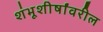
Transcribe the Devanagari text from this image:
शंभूशीर्षांवरील